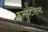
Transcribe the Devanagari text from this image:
इम्मोर्टलिस्ट